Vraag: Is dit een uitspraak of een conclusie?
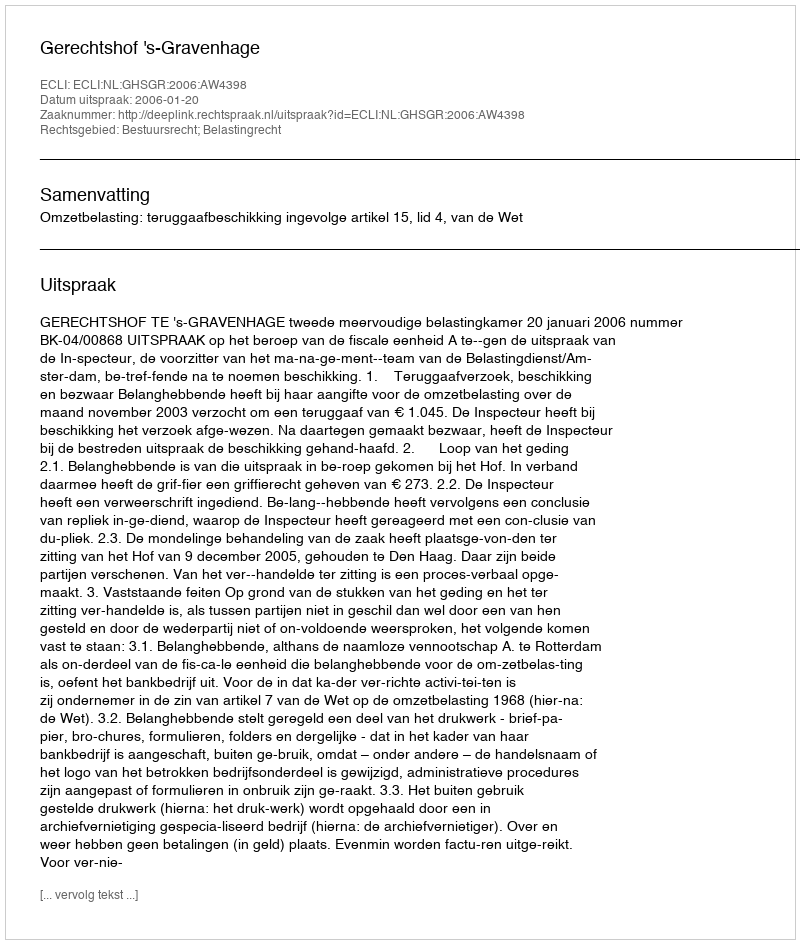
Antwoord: Uitspraak